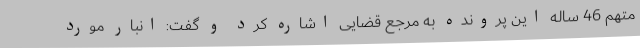
متهم 46 ساله این پرونده به مرجع قضایی اشاره کرد و گفت: انبار مورد